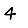
Digit: 4